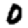
Digit: 0